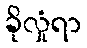
ခိုလှုံရာ